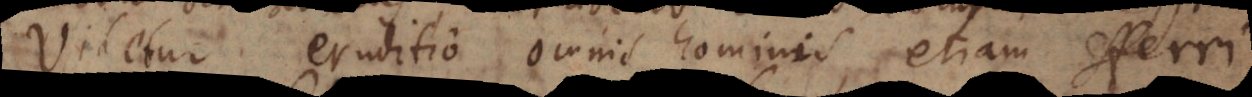
Videtur eruditio omnis hominis, etiam efferri